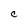
Character: C